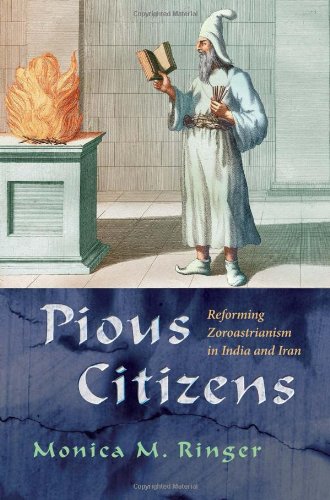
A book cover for Pious Citizens: Reforming Zoroastrianism in India and Iran (Modern Intellectual and Political History of the Middle East); Monica Ringer; Religion & Spirituality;